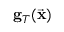
{ \bf g } _ { T } ( \vec { \bf x } )